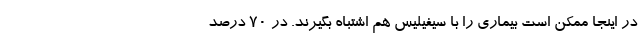
در اینجا ممکن است بیماری را با سیفیلیس هم اشتباه بگیرند. در ۷۰ درصد